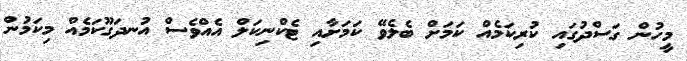
މީހުން ގަސްދުގައި ކުރިކަމެއް ކަމަށް ބެލެވޭ ކަމަށާއި ޓެކްނިކަލް އެއްވެސް އުނދަގޫކަމެއް މިކަމުން